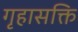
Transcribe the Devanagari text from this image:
गृहासक्ति